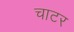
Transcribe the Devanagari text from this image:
चाटर